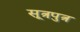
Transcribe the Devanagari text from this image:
सूत्रपुत्र